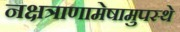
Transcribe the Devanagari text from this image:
नक्षत्राणामेषामुपस्थे